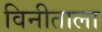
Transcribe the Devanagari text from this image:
विनीताला